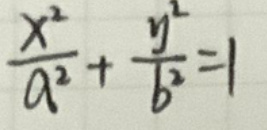
$\frac{x^{2}}{a^{2}}+\frac{y^{2}}{b^{2}}=1$